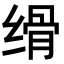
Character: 𦈔